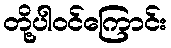
တို့ပါဝင်ကြောင်း